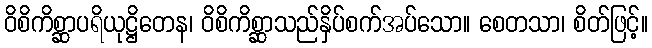
ဝိစိကိစ္ဆာပရိယုဋ္ဌိတေန၊ ဝိစိကိစ္ဆာသည်နှိပ်စက်အပ်သော။ စေတသာ၊ စိတ်ဖြင့်။